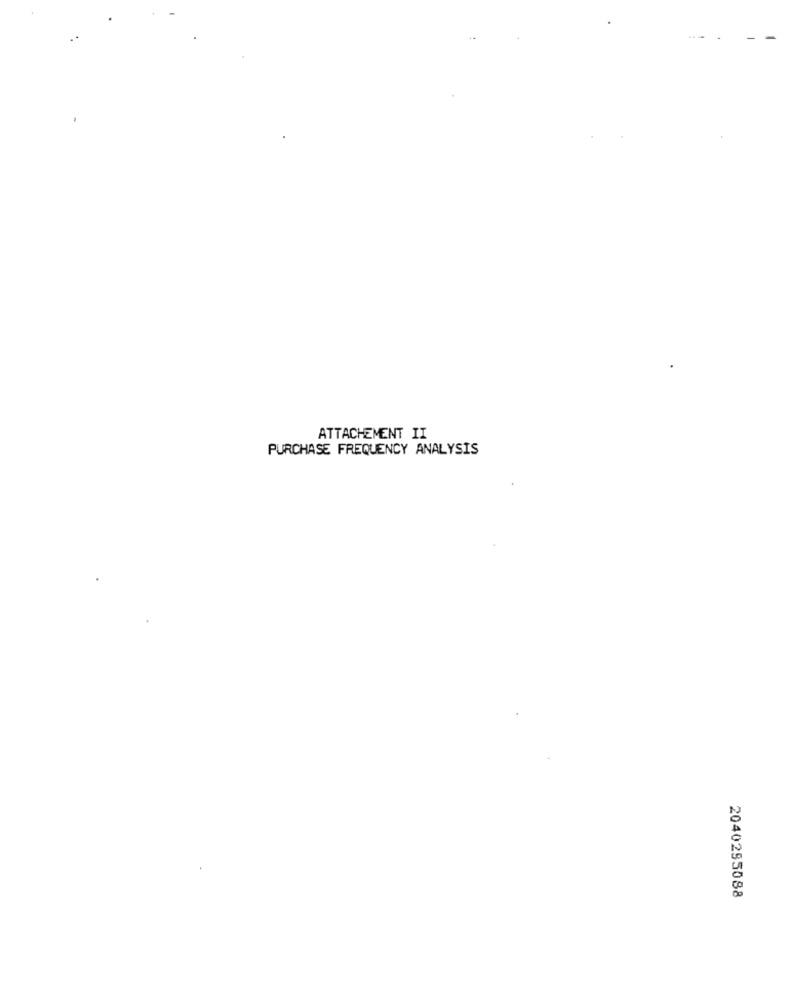
ATTACHEMENT II
PURCHASE FREQUENCY ANALYSIS
2040285088